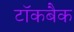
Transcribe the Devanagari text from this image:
टॉकबैक